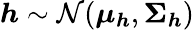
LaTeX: \boldsymbol{h}\sim\mathcal{N}(\boldsymbol{\mu_{h}},\boldsymbol{\Sigma_{h}})